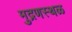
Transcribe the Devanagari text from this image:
मुद्रणस्थळ